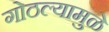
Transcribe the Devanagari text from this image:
गोठल्यामुळे